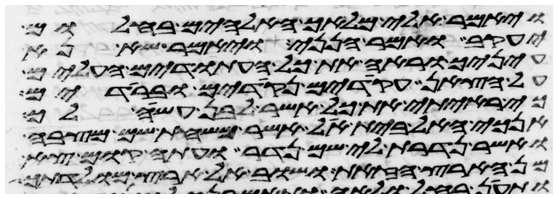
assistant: ויאמר אלי מלאך האלהים בחלום
יעקב ואמר הנני ויאמר שא נא
עיניך וראה את כל העתודים העלים
על הצאן עקודים נקודים וברודים
כי ראיתי את כל אשר לבן עשה לך
אנכי האל בית אל אשר משחת שם מצבה
ואשר נדרת לי שם נדר ועתה קום צא
מן הארץ הזאת ושוב אל ארץ מולדתך